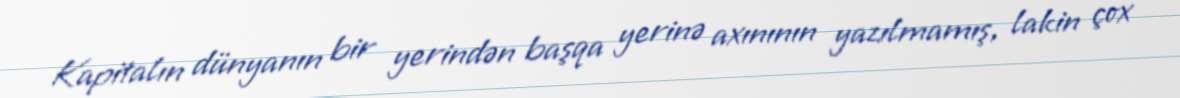
Kapitalın dünyanın bir yerindən başqa yerinə axınının yazılmamış, lakin çox